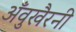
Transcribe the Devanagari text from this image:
अँवुखैरनी